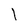
Character: I